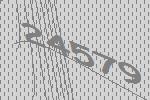
24579